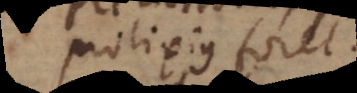
prolixius foret.